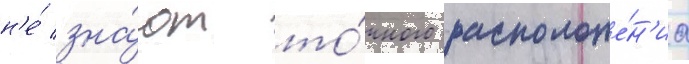
н'е́ зна́ют то́чного расположе́н'иа